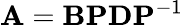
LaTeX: \mathbf{A}=\mathbf{B}\mathbf{P}\mathbf{D}\mathbf{P}^{-1}